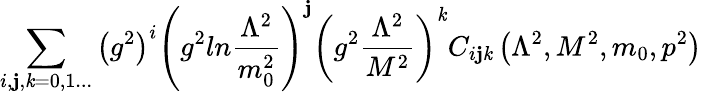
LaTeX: \sum_{i,\mathbf{j},\mathit{k}=0,1...}\left(g^{2}\right)^{i}\left(g^{2}ln{\frac{{\Lambda^{2}}}{{m_{0}^{2}}}}\right)^{\mathbf{j}}\left(g^{2}{\frac{{\Lambda^{2}}}{{M^{2}}}}\right)^{\mathit{k}}C_{i\mathbf{j}\mathit{k}}\left(\Lambda^{2},M^{2},m_{0},p^{2}\right)